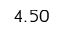
4 . 5 0